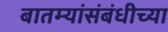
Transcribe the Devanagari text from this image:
बातम्यांसंबंधीच्या